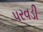
પરવડી